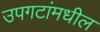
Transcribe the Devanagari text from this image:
उपगटांमधील